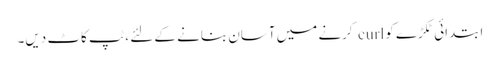
ابتدائی ٹکڑے کو curl کرنے میں آسان بنانے کے لئے ، ٹپ کاٹ دیں۔